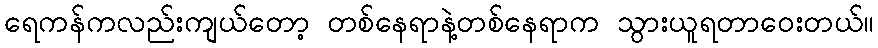
ရေကန်ကလည်းကျယ်တော့ တစ်နေရာနဲ့တစ်နေရာက သွားယူရတာဝေးတယ်။